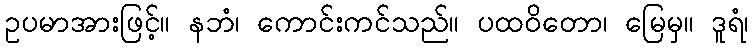
ဥပမာအားဖြင့်။ နဘံ၊ ကောင်းကင်သည်။ ပထဝိတော၊ မြေမှ။ ဒူရံ၊